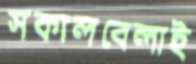
সকালবেলাই